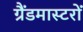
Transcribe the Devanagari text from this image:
ग्रैंडमास्टरों